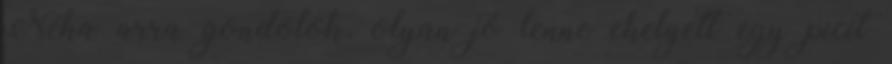
Néha arra gondolok, olyan jó lenne ehelyett egy picit